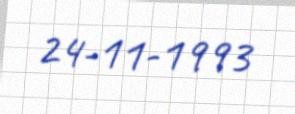
24-11-1993